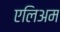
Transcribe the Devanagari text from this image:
एलिअम